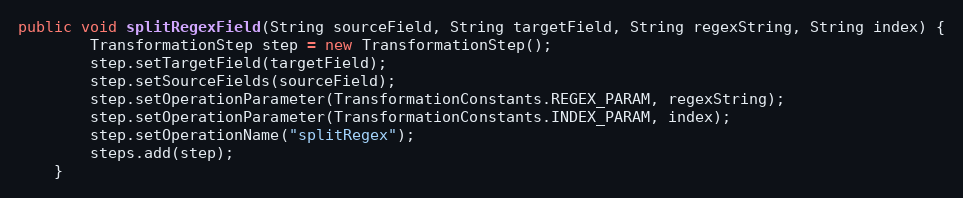
Language: Java
public void splitRegexField(String sourceField, String targetField, String regexString, String index) {
        TransformationStep step = new TransformationStep();
        step.setTargetField(targetField);
        step.setSourceFields(sourceField);
        step.setOperationParameter(TransformationConstants.REGEX_PARAM, regexString);
        step.setOperationParameter(TransformationConstants.INDEX_PARAM, index);
        step.setOperationName("splitRegex");
        steps.add(step);
    }